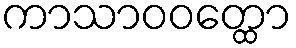
ကာသာဝဝတ္ထော